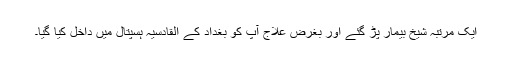
ایک مرتبہ شیخ بیمار پڑ گئے اور بغرض علاج آپ کو بغداد کے القادسیہ ہسپتال میں داخل کیا گیا۔